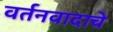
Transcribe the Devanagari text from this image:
वर्तनवादाचे